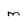
Character: m